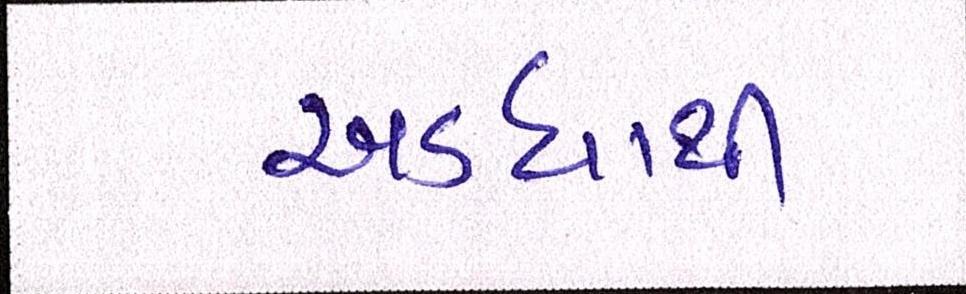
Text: અડધાથી